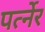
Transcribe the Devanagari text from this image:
पर्त्नेर